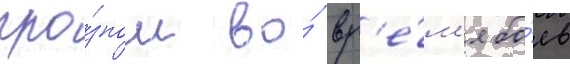
гро́зном во́ вр'е́м'я бо́ев